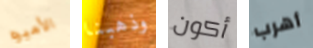
الأميره وذهبنا أكون أهرب